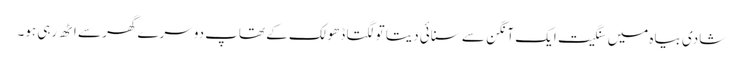
شادی بیاہ میں سنگیت ایک آنگن سے سنائی دیتا تو لگتا ڈھولک کے تھاپ دوسرے گھر سے اٹھ رہی ہو۔